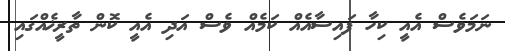
ނަމަވެސް އެއީ ކިހާ ފައިސާއެއް ކަމެއް ވެސް އަދި އެއީ ކޮން ތާރީޚެއްގައި